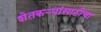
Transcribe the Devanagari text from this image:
शेतकर्‍यांसाठीचा